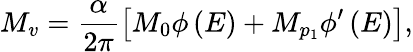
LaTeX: M_{v}=\frac{\alpha}{2\pi}\left[M_{0}\phi\left(E\right)+M_{p_{1}}\phi^{\prime}\left(E\right)\right],